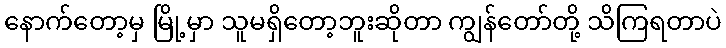
နောက်တော့မှ မြို့မှာ သူမရှိတော့ဘူးဆိုတာ ကျွန်တော်တို့ သိကြရတာပဲ